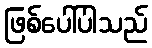
ဖြစ်ပေါ်ပါသည်